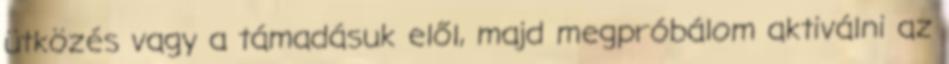
ütközés vagy a támadásuk elől, majd megpróbálom aktiválni az